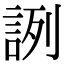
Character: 𧧋